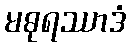
မဓုရဿာဒံ